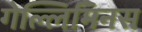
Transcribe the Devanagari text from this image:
गेल्‍लिमिनस